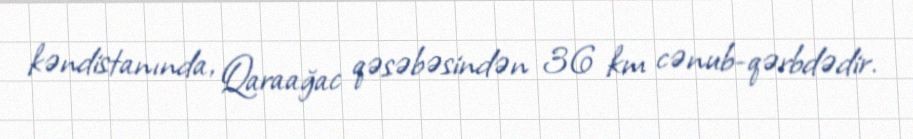
kəndistanında, Qaraağac qəsəbəsindən 36 km cənub-qərbdədir.